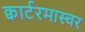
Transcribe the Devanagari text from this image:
क्वार्टरमास्चर